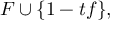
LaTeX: F \cup \{ 1 - t f \} ,